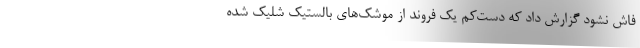
فاش نشود گزارش داد که دست‌کم یک فروند از موشک‌های بالستیک شلیک شده